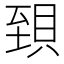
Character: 𧵼